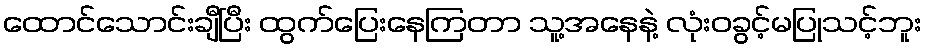
ထောင်သောင်းချီပြီး ထွက်ပြေးနေကြတာ သူ့အနေနဲ့ လုံးဝခွင့်မပြုသင့်ဘူး